Plague in India, 1896, 1897 - Volume 1
Year: 1896
Disease focus: Plague
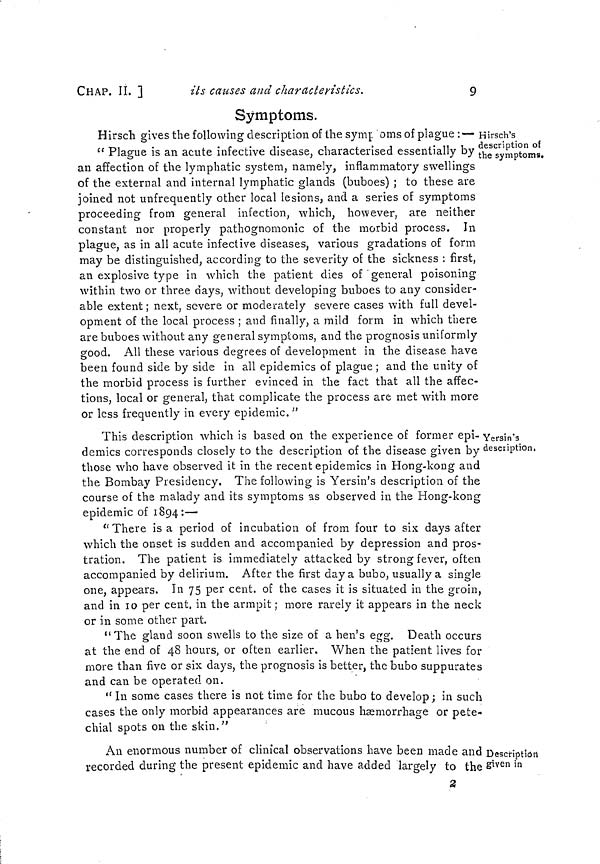
CHAP. II. ]
its causes and characteristics.
9
Hirsch's
description of
the symptoms.
Symptoms.
Hirsch
gives the following description of the symp oms of plague
:—
Plague is an acute infective disease, characterised essentially by
an affection of the lymphatic system, namely, inflammatory swellings
of the external and internal lymphatic glands (buboes) ; to these are
joined not unfrequently other local lesions, and a series of symptoms
proceeding from general infection, which, however, are neither
constant nor properly pathognomonic of the morbid process. In
plague, as in all acute infective diseases, various gradations of form
may be distinguished, according to the severity of the sickness : first,
an explosive type in which the patient dies of general poisoning
within two or three days, without developing buboes to any consider-
able extent ; next, severe or moderately severe cases with full devel-
opment of the local process ; and finally, a mild form in which there
are buboes without any general symptoms, and the prognosis uniformly
good. All these various degrees of development in the disease have
been found side by side in all epidemics of plague ; and the unity of
the morbid process is further evinced in the fact that all the affec-
tions, local or general, that complicate the process are met with more
or less frequently in every epidemic."
Yersin's
description,
This description which is based on the experience of former epi-
demics corresponds closely to the description of the disease given by
those who have observed it in the recent epidemics in Hong-kong and
the Bombay Presidency, The following is Yersin's description of the
course of the malady and its symptoms as observed in the Hong-kong
epidemic of 1894:—
" There is a period of incubation of from four to six days after
which the onset is sudden and accompanied by depression and pros-
tration. The patient is immediately attacked by strong fever, often
accompanied by delirium. After the first day a bubo, usually a single
one, appears. In 75 per cent. of the cases it is situated in the groin,
and in 10 per cent. in the armpit ; more rarely it appears in the neck
or in some other part.
" The gland soon swells to the size of a hen's egg. Death occurs
at the end of 48 hours, or often earlier. When the patient lives for
more than five or six days, the prognosis is better, the bubo suppurates
and can be operated on.
" In some cases there is not time for the bubo to develop ; in such
cases the only morbid appearances are mucous hæmorrhage or pete«
chial spots on the skin."
Description
given in
An enormous number of clinical observations have been made and
recorded during the present epidemic and have added largely to the
2